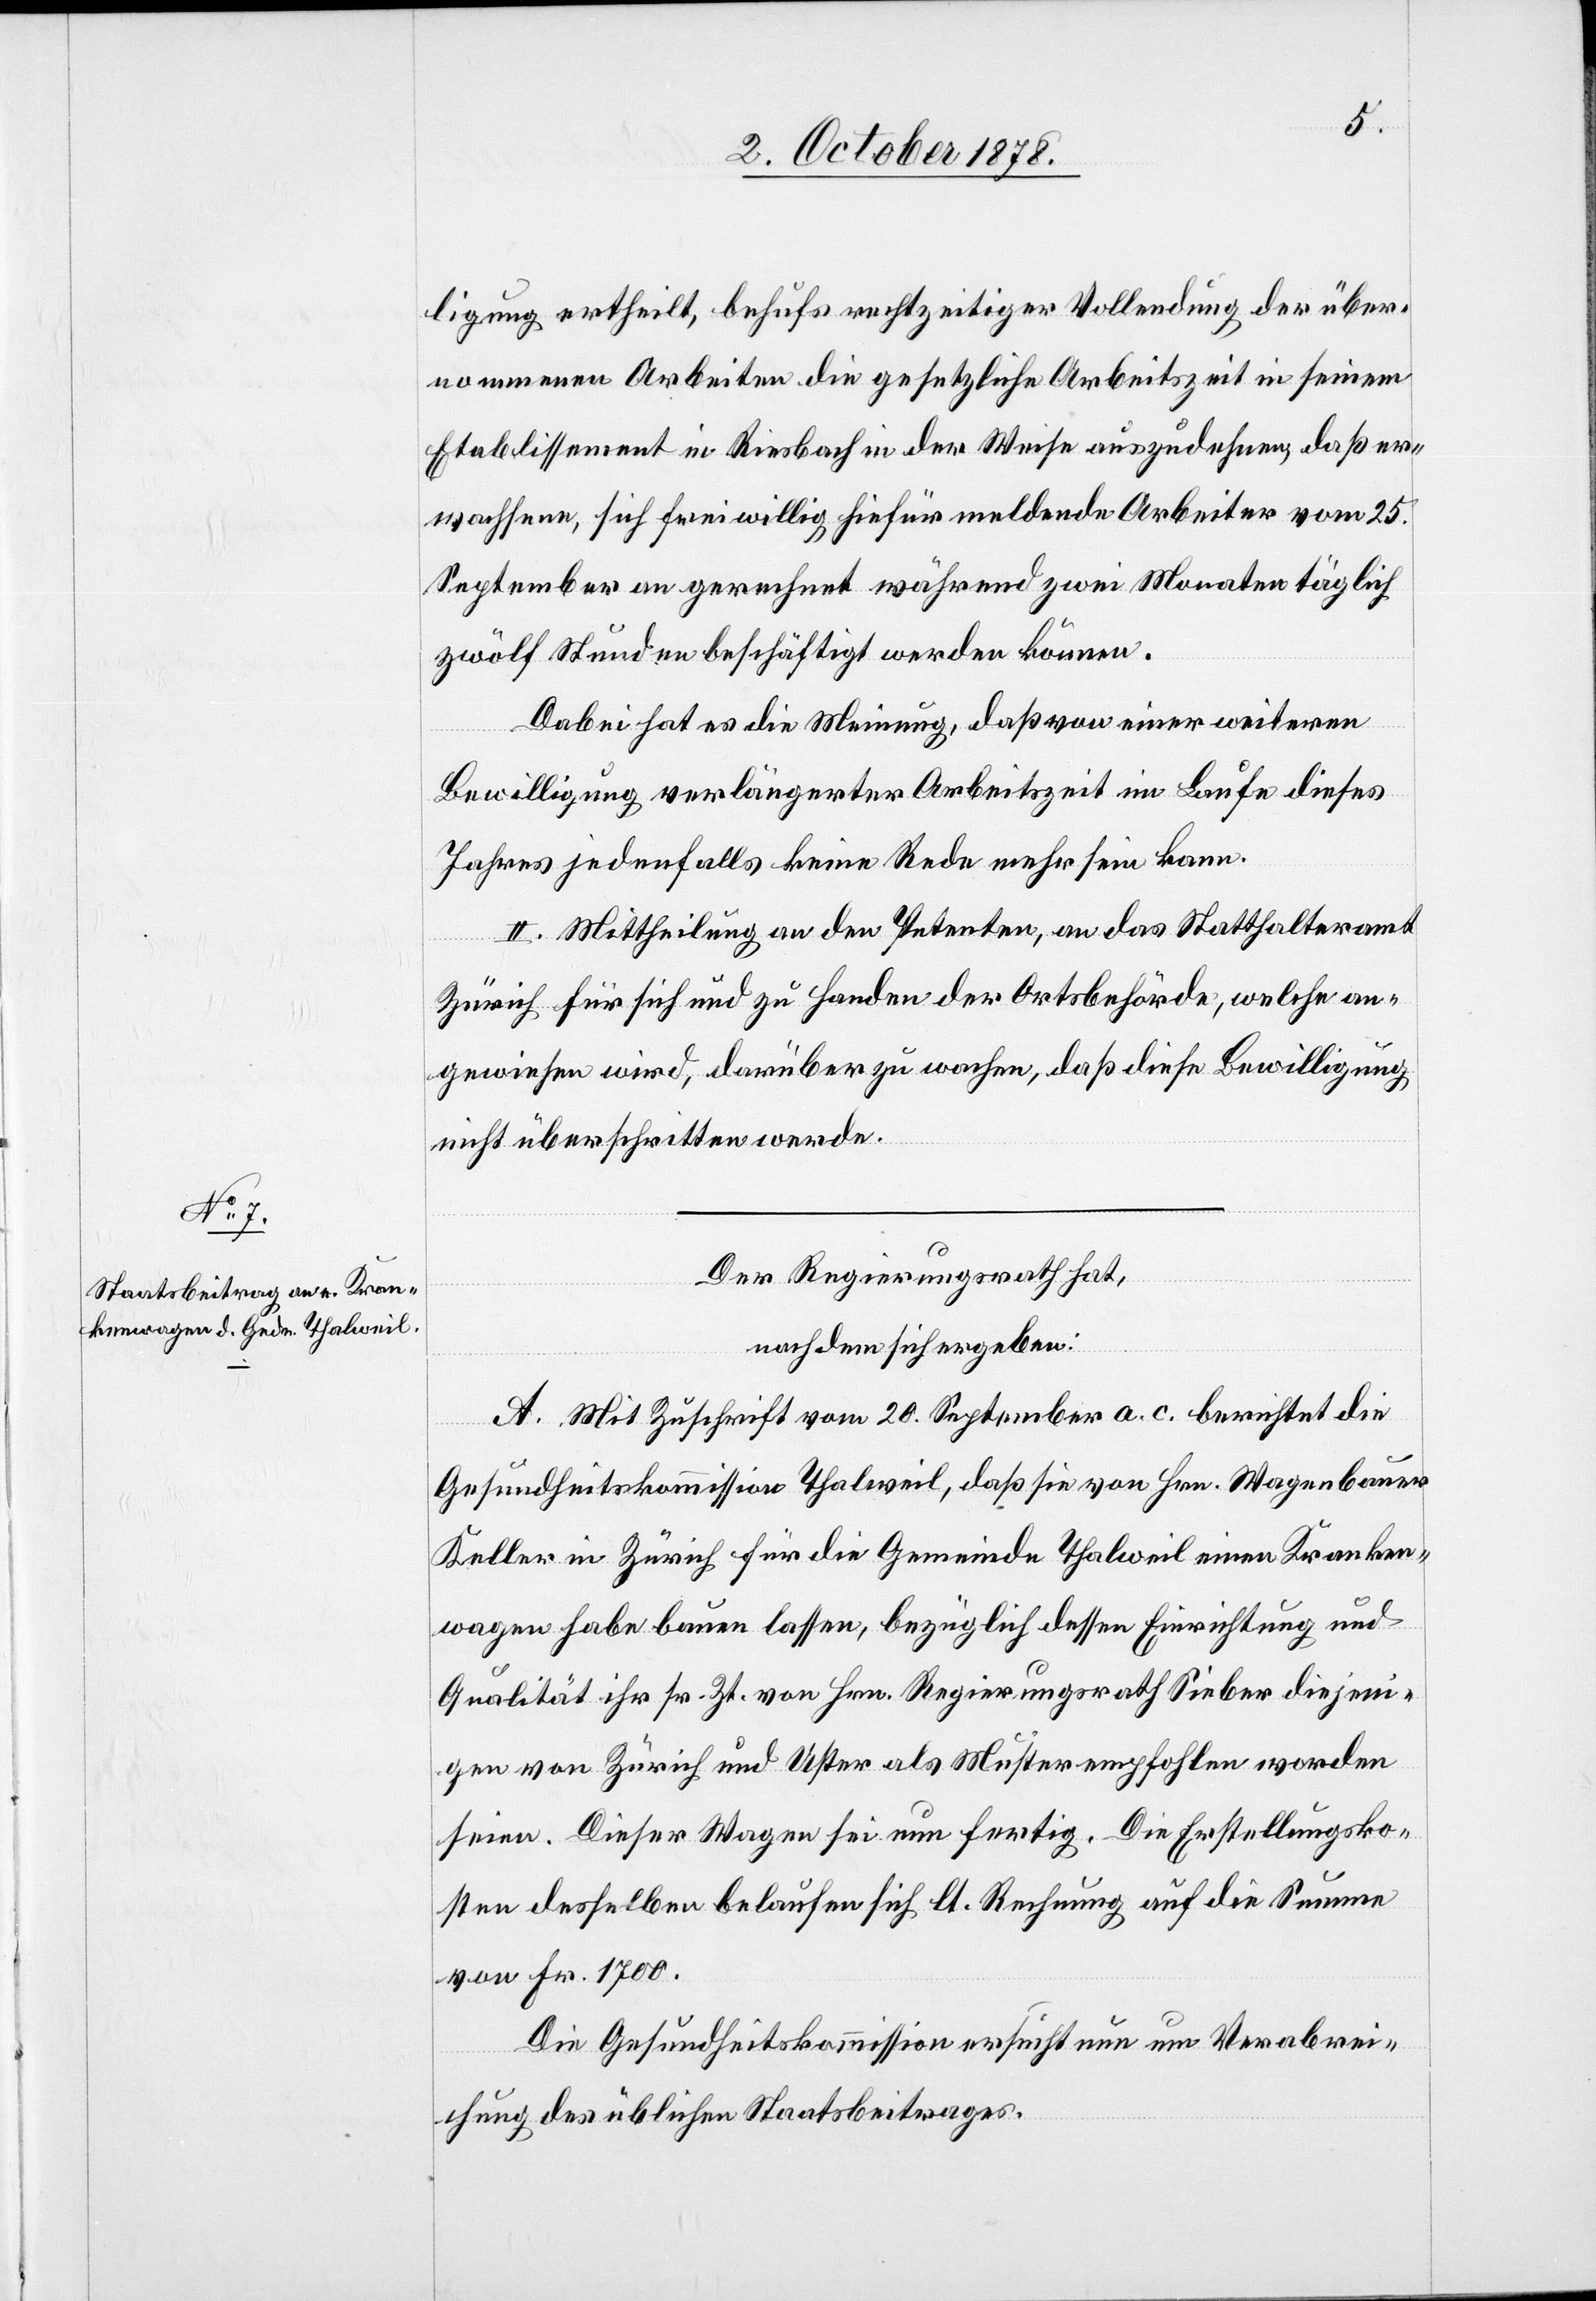
Der Regierungsrath hat,
nachdem sich ergeben:
A. Mit Zuschrift vom 20. September a. c. berichtet die
Gesundheitskommission Thalweil, daß sie von Hrn. Wagenbauer
Keller in Zürich für die Gemeinde Thalweil einen Kranken¬
wagen habe bauen lassen, bezüglich dessen Einrichtung und
Qualität ihr sr. Zt. von Hrn. Regierungsrath Sieber diejeni¬
gen von Zürich und Uster als Muster empfohlen worden
seien. Dieser Wagen sei nun fertig. Die Erstellungsko¬
sten desselben belaufen sich lt. Rechnung auf die Summe
von Fr. 1700.
Die Gesundheitskommission ersucht nun um Verabrei¬
chung des üblichen Staatsbeitrages.